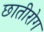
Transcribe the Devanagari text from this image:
छातीरोग